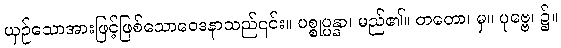
ယှဉ်သောအားဖြင့်ဖြစ်သောဝေဒနာသည်၎င်း။ ပစ္စုပ္ပန္နာ၊ မည်၏။ တတော၊ မှ။ ပုဗ္ဗေ၊ ၌။